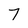
Character: 7